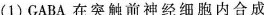
(1)GABA在突触前神经细胞内合成